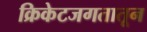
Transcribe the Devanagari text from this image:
क्रिकेटजगतातून